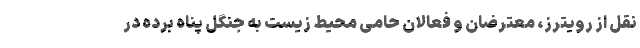
نقل از رویترز، معترضان و فعالان حامی محیط زیست به جنگل پناه برده در